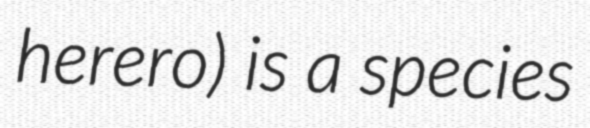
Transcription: herero) is a species